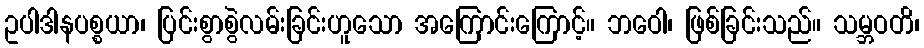
ဥပါဒါနပစ္စယာ၊ ပြင်းစွာစွဲလမ်းခြင်းဟူသော အကြောင်းကြောင့်။ ဘဝေါ၊ ဖြစ်ခြင်းသည်။ သမ္ဘဝတိ၊